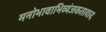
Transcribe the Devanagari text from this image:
मनोभावाभिव्यंजकतावाद